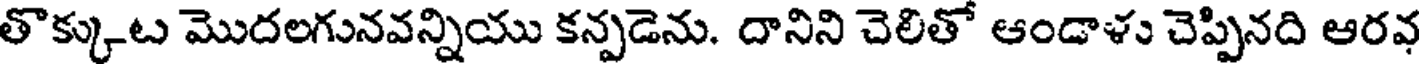
తొక్కుట మొదలగునవన్నియు కన్పడెను. దానిని చెలితో ఆండాళు చెప్పినది ఆరవ